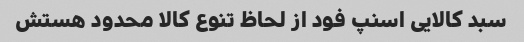
سبد کالایی اسنپ فود از لحاظ تنوع کالا محدود هستش